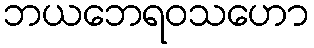
ဘယဘေရဝသဟော